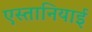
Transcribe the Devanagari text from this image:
एस्तानियाई